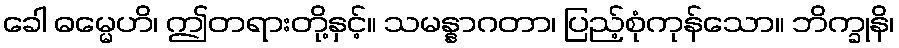
ခေါ ဓမ္မေဟိ၊ ဤတရားတို့နှင့်။ သမန္နာဂတာ၊ ပြည့်စုံကုန်သော။ ဘိက္ခုနိ၊